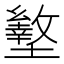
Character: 𰊿